Lunatic asylums Bombay report 1891-1903 - 1891-1903
Year: 1891
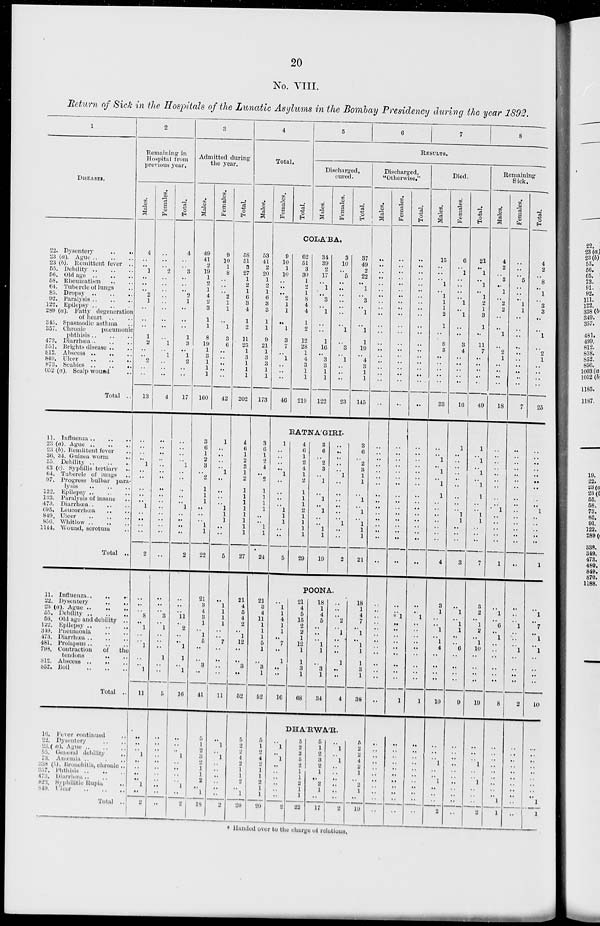
20
No. VIII.
Return of Sick in the Hospitals of the Lunatic Asylums in the Bombay Presidency during the year 1892.
1
DISEASES.
22. Dysentery
..
..
23 (a). Ague .. .. ..
23 (b). Remittent fever ..
55. Debility .. .. ..
56. Old age .. .. ..
58. Rheumatism .. ..
64. Tubercle of lungs ..
85. Dropsy
..
..
..
92. Paralysis
..
..
..
122. Epilepsy
..
..
..
289 (a). Fatty degeneration
of heart .. ..
345. Spasmodic asthma ..
357. Chronic
pneumonic
phthisis
..
..
..
473. Diarrhœa
..
..
..
551. Brights disease .. ..
812. Abscess .. .. ..
849. Ulcer
..
..
..
873. Scabies .. .. ..
052 (a). Scalp wound ..
Total ..
11.
Influenza .. .. ..
23
(a).
Ague .. ...
23 (b). Remittent fever ..
36, 34. Guinea worm ..
55.
Debility .. .. ..
43 (c). Syphilis tertiary ..
64. Tubercle of lungs ..
97. Progress bulbar para-
lysis
..
..
..
122. Epilepsy .. .. ..
133. Paralysis of insane ..
473. Diarrhœa
..
..
..
695. Leucorrhœa .. ..
849. Ulcer
..
..
..
856. Whitlow
..
..
..
1144. Wound, serotum ..
Total ..
11. Influenza
..
..
..
22. Dysentery
..
..
23 (a). Ague
..
..
..
55. Debility .. .. ..
56. Old age and debility ..
122. Epilepsy
..
..
..
349. Pneumonia .. .. ..
473. Diarrhœa .. .. ..
481. Prolapsus .. .. ..
798. Contraction
of the
tendons .. ..
812. Abscess
..
..
..
852. Boil .. .. ..
Total ..
16. Fever continued ..
22. Dysentry .. ..
23. (
a).
Ague.. .. ..
55. General debility
..
73. Anæmia .. .. ..
338 (b). Bronchitis, chronic ..
357.
Phthisis
..
..
..
473. Diarrhœa .. .. ..
823.
Syphilitic Rupia ..
849.
Ulcer
..
..
..
Total ..
2
Remaining in
Hospital from
previous year.
Males.
4
..
..
1
..
..
..
2
1
..
..
..
1
2
..
..
2
..
..
13
..
..
..
..
1
..
..
..
..
..
1
..
..
..
..
2
..
..
..
8
..
1
..
..
1
..
..
1
11
..
..
..
1
..
..
..
..
1
..
2
Females.
..
..
..
2
..
..
..
..
..
..
..
..
..
1
..
1
..
..
..
4
..
..
..
..
..
..
..
..
..
..
..
..
..
..
..
..
..
..
..
3
..
1
..
..
..
1
..
..
5
..
..
..
..
..
..
..
..
..
..
..
Total.
4
..
..
3
..
..
..
2
1
..
..
..
1
3
..
1
2
..
..
17
..
..
..
..
1
..
..
..
..
..
1
..
..
..
..
2
..
..
..
11
..
2
..
..
1
1
..
1
16
..
..
..
1
..
..
..
..
1
..
2
3
Admitted during
the year.
Males.
49
41
2
19
1
2
1
4
2
3
1
1
8
19
1
3
1
1
1
160
3
6
1
2
3
..
2
1
1
1
..
..
..
1
1
22
21
3
4
3
1
..
1
5
..
..
3
..
41
5
1
2
3
2
1
1
2
..
1
18
Females.
9
10
1
8
..
..
..
2
1
1
..
1
3
6
..
..
..
..
..
42
1
..
..
..
..
1
..
..
..
..
1
1
1
..
..
5
..
1
1
1
1
..
..
7
..
..
..
..
11
..
1
..
1
..
..
..
..
..
..
2
Total.
58
51
3
27
1
2
1
6
3
4
1
2
11
25
1
3
1
1
1
202
4
6
1
2
8
1
2
1
1
1
1
1
1
1
1
27
21
4
5
4
2
..
1
12
..
..
3
..
52
5
2
2
4
2
1
1
2
..
1
20
4
Total.
Males.
53
41
2
20
1
2
1
6
3
3
1
1
9
21
1
3
3
1
1
173
3
6
1
2
4
..
2
1
1
1
1
..
..
1
1
24
21
3
4
11
1
1
1
5
1
..
3
1
52
5
1
2
4
2
1
1
2
1
1
20
Females.
Total.
5
6
7
8
RESULTS.
Discharged,
cured.
Males.
Females.
Total.
COLA'BA.
9
10
1
10
..
..
..
2
1
1
..
1
3
7
..
1
..
..
..
46
62
51
3
30
1
2
1
8
4
4
1
2
12
28
1
4
3
1
1
219
34
39
2
17
..
1
..
3
..
1
..
..
1
16
..
3
3
1
1
122
3
10
..
5
..
..
..
..
..
..
..
1
..
3
..
1
..
..
..
23
37
49
2
22
..
1
..
3
..
1
..
1
1
19
..
4
3
1
1
145
RATNA'GIRI.
1
..
..
..
..
1
..
..
..
..
1
1
1
..
..
5
4
6
1
2
4
1
2
1
1
1
2
1
1
1
1
29
3
6
..
2
3
..
1
..
1
..
1
..
..
1
1
19
..
..
..
..
..
1
..
..
..
..
..
..
1
..
..
2
3
6
..
2
3
1
1
..
1
..
1
..
1
1
1
21
POONA.
..
1
1
4
1
1
..
7
..
1
..
..
16
21
4
5
15
2
2
1
12
1
1
3
1
68
18
1
4
5
..
..
..
1
1
..
3
1
34
..
..
..
2
..
1
..
..
..
1
..
..
4
18
1
4
7
..
1
..
1
1
1
3
1
38
DHA'RWA'R.
..
1
..
1
..
..
..
..
..
..
2
5
2
2
5
2
1
1
2
1
1
22
5
1
2
3
2
1
..
2
1
..
17
..
1
..
1
..
..
..
..
..
..
2
5
2
2
4
2
1
..
2
1
..
19
Discharged,
"Otherwise."
Males.
..
..
..
..
..
..
..
..
..
..
..
..
..
..
..
..
..
..
..
..
..
..
..
..
..
..
..
..
..
..
..
..
..
..
..
..
..
..
..
..
..
..
..
..
..
..
..
..
..
..
..
..
..
..
..
..
..
..
..
..
Females.
..
..
..
..
..
..
..
..
..
..
..
..
..
..
..
..
..
..
..
..
..
..
..
..
..
..
..
..
..
..
..
..
..
..
..
..
..
..
*1
..
..
..
..
..
..
..
..
..
1
..
..
..
..
..
..
..
..
..
..
..
Total.
..
..
..
..
..
..
..
..
..
..
..
..
..
..
..
..
..
..
..
..
..
..
..
..
..
..
..
..
..
..
..
..
..
..
..
..
..
..
1
..
..
..
..
..
..
..
..
..
1
..
..
..
..
..
..
..
..
..
..
..
Died.
Males.
15
..
..
..
1
..
1
1
1
2
1
..
8
3
..
..
..
..
..
33
..
..
1
..
1
..
1
1
..
..
..
..
..
..
..
4
3
1
..
..
1
..
1
4
..
..
..
..
10
..
..
..
1
..
..
1
..
..
..
2
Females.
6
..
1
..
..
..
..
1
..
1
..
..
3
4
..
..
..
..
..
16
1
..
..
..
..
..
..
..
..
..
1
1
..
..
..
3
..
1
..
1
1
..
..
6
..
..
..
..
9
..
..
..
..
..
..
..
..
..
..
..
Total.
21
..
1
..
1
..
1
2
1
3
1
..
11
7
..
..
..
..
..
49
1
..
1
..
1
..
1
1
..
..
1
1
..
..
..
7
3
2
..
1
2
..
1
10
..
..
..
..
19
..
..
..
1
..
..
1
..
..
..
2
Remaining
Sick.
Males.
4
2
..
3
..
1
..
2
2
..
..
1
..
2
1
..
..
..
..
18
..
..
..
..
..
..
..
..
..
1
..
..
..
..
..
1
..
1
..
6
..
..
1
..
..
..
..
..
..
8
..
..
..
..
..
..
..
..
..
1
1
Females.
..
..
..
5
..
..
..
1
1
..
..
..
..
..
..
..
..
..
..
7
..
..
..
..
..
..
..
..
..
..
..
..
..
..
..
..
..
..
..
1
..
..
..
1
..
..
..
..
2
..
..
..
..
..
..
..
..
..
..
..
Total.
4
2
..
8
..
1
..
3
3
..
..
1
..
2
1
..
..
..
..
25
..
..
..
..
..
..
..
..
..
1
..
..
..
..
..
1
..
1
..
7
..
1
..
1
..
..
..
..
10
..
..
..
..
..
..
..
..
..
1
1
* Handed over to the charge of relations.